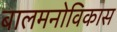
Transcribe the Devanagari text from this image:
बालमनोविकास